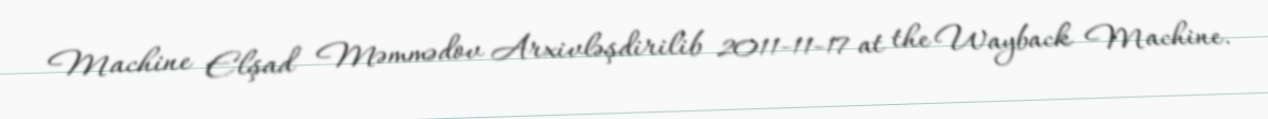
Machine Elşad Məmmədov Arxivləşdirilib 2011-11-17 at the Wayback Machine.